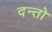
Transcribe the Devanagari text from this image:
दन्तो